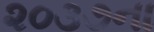
૨૦૩૭ના